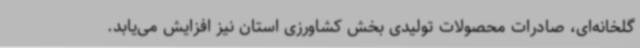
گلخانه‌ای، صادرات محصولات تولیدی بخش کشاورزی استان نیز افزایش می‌یابد.